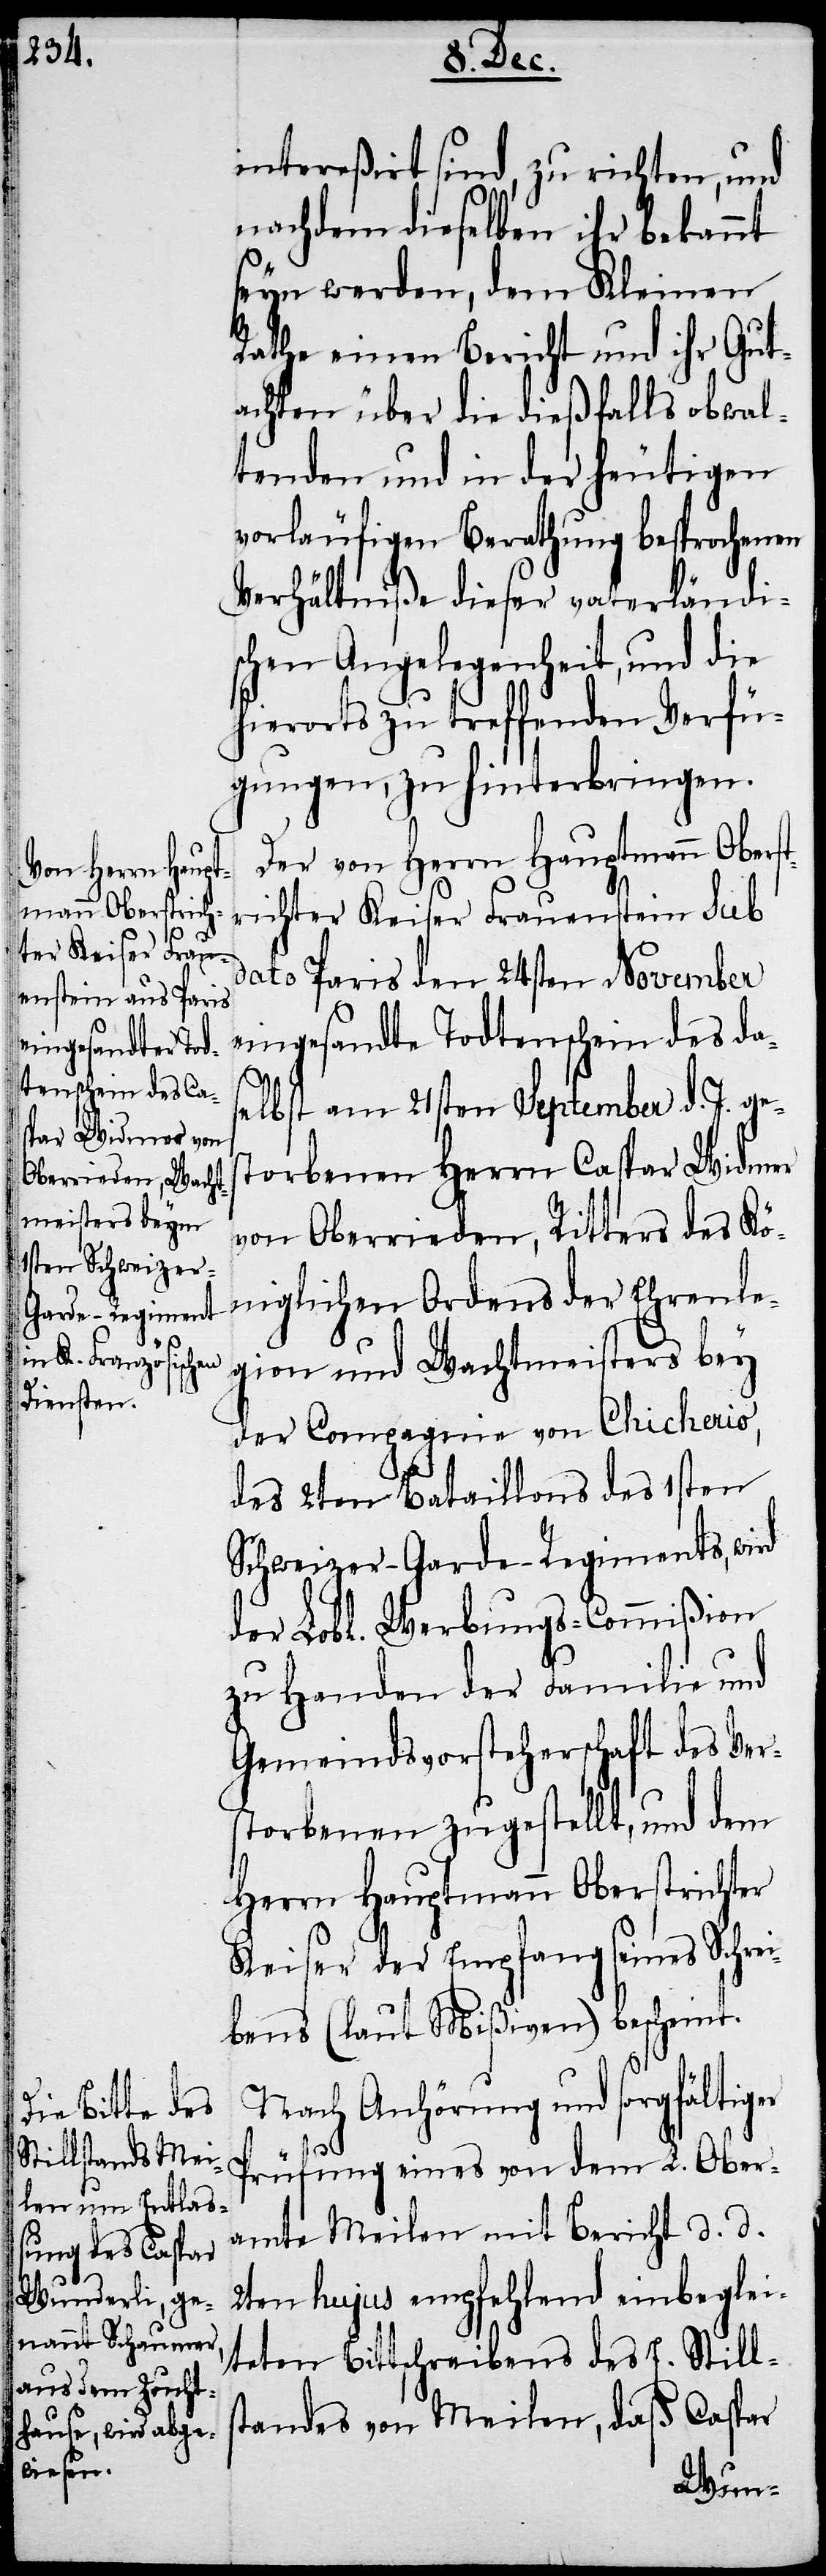
er

intereßirt sind, zu richten, und
nachdem dieselben ihr bekannt
seyn werden, dem Kleinen
Rathe einen Bericht und ihr Gut¬
achten über die dießfalls obwal¬
tenden und in der heutigen
vorläufigen Berathung besprochenen
Verhältniße dieser vaterländi¬
schen Angelegenheit, und die
hierorts zu treffenden Verfü¬
gungen, zu hinterbringen.
Der von Herrn Hauptmann Obers¬
richter Keiser Frauenstein sub
dato Paris den 24sten November
eingesandte Todtenschein des da¬
selbst am 21sten September d. J. ges¬
torbenen Herrn Caspar Widmer
von Oberrieden, Ritters des Kö¬
niglichen Ordens der Ehrenle¬
gion und Wachtmeisters bey
der Compagnie von Chicherio,
des 2ten Bataillons des 1sten
Schweizer-Garde-Regiments, wird
der Lobl. Werbungs-Commißion
zu Handen der Familie und
Gemeindsvorsteherschaft des Ver¬
storbenen zugestellt, und dem
Herrn Hautpmann Oberstrichter
Keiser der Empfang seines Schre¬
ibens (laut Mißiven) bescheint.
Nach Anhörung und sorgfältig¬
Prüfung eines von dem L. Ober¬
amte Meilen mit Bericht d. d.
2ten hujus empfehlend einbeglei¬
teten Bittschreibens des E. Stills¬
tandes von Meilen, daß Caspar